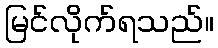
မြင်လိုက်ရသည်။